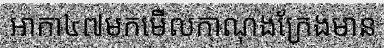
អាកា៤៧មកមើលកាណុងក្រែងមាន